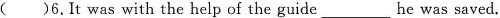
( )6.It was with the help of the guide ___ he was saved.